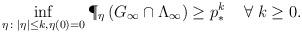
LaTeX: \begin{align*}\inf_{\eta \colon |\eta| \le k, \eta(0) = 0} \P_\eta \left( G_\infty \cap \Lambda_\infty \right) \ge p_*^{k} \;\;\;\; \forall\; k \ge 0.\end{align*}